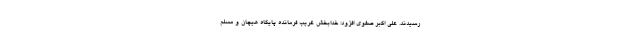
رسیدند. علی اکبر صفوی افزود: خدابخش غریب فرمانده پایگاه هیچان و مسلم